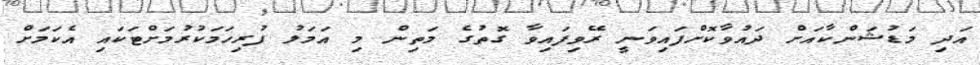
އަދި މަޑުޝަންކާއަށް ދައުވާކޮށްފައިވަނީ ރޭވިފައިވާ ގޮތުގެ މަތިން މި އަމަލު ފުރިހަމަކުރުމަށްޓަކައި އެކަމަށް